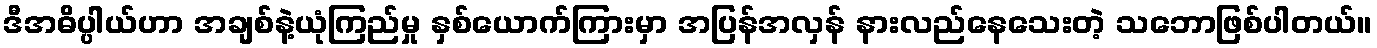
ဒီအဓိပ္ပါယ်ဟာ အချစ်နဲ့ယုံကြည်မှု နှစ်ယောက်ကြားမှာ အပြန်အလှန် နားလည်နေသေးတဲ့ သဘောဖြစ်ပါတယ်။